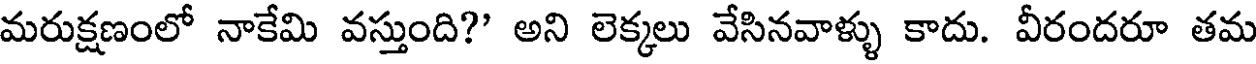
మరుక్షణంలో నాకేమి వస్తుంది?" అని లెక్కలు వేసినవాళ్ళు కాదు. వీరందరూ తమ